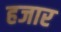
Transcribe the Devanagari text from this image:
हजार